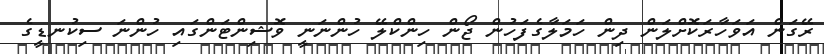
ރޭގަން އަވަހާރަކޮށްލަން ދިން ހަމަލާގެފަހުން ޖޯން ހިންކްލޭ ހުންނަނީ ވޮޝިންޓަންގައި ހުންނަ ސިކުނޑީގެ